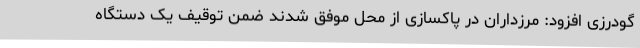
گودرزی افزود: مرزداران در پاکسازی از محل موفق شدند ضمن توقیف یک دستگاه